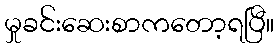
မှုခင်းဆေးစာကတော့ရပြီ။